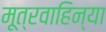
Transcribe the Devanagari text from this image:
मूत्रवाहिन्या